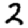
Digit: 2